画像に写った文字を読んでください
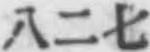
「八二七」と書いてあります